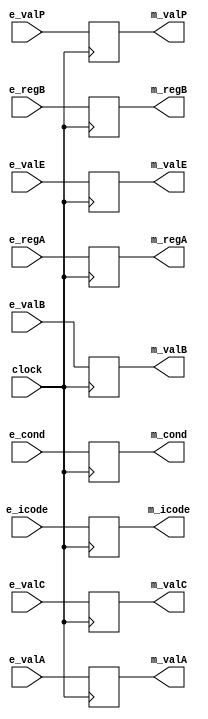
`timescale 1ns / 1ps

module memory_register(e_icode,e_regA,e_regB,e_valC,e_valP,e_valA,e_valB,e_cond,e_valE,m_icode,m_regA,m_regB,m_valC,m_valP,m_valA,m_valB,m_cond,m_valE,clock);  
input clock;

input [3:0] e_icode,e_regA,e_regB;
input [63:0] e_valC,e_valP,e_valA,e_valB,e_valE;
input e_cond;

output reg [3:0] m_icode,m_regA,m_regB;
output reg [63:0] m_valC,m_valP,m_valA,m_valB,m_valE;
output reg m_cond;

always@(posedge clock)
begin
  m_icode <= e_icode;
  m_regA <= e_regA;
  m_regB <= e_regB;
  m_valC <= e_valC;
  m_valP <= e_valP;
  m_valA <= e_valA;
  m_valB <= e_valB;
  m_cond <= e_cond;
  m_valE <= e_valE;
end
endmodule